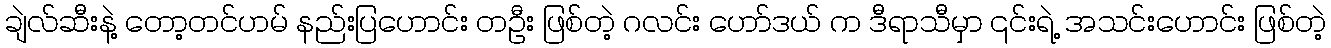
ချဲလ်ဆီးနဲ့ တော့တင်ဟမ် နည်းပြဟောင်း တဦး ဖြစ်တဲ့ ဂလင်း ဟော်ဒယ် က ဒီရာသီမှာ ၎င်းရဲ့ အသင်းဟောင်း ဖြစ်တဲ့